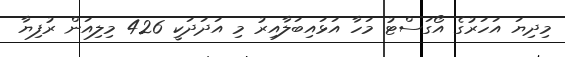
މިދިޔަ އަހަރުގެ އޯގަސްޓު މަހާ އަޅައިބަލާއިރު މި އަދަދަކީ 426 މިލިއަން ރުފިޔާ